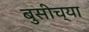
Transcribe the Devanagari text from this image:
बुसीच्या